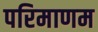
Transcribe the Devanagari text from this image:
परिमाणम